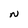
Character: N